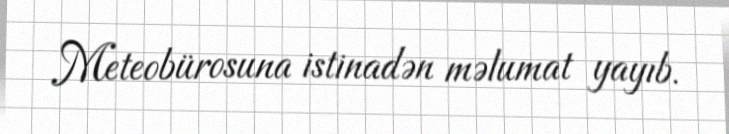
Meteobürosuna istinadən məlumat yayıb.